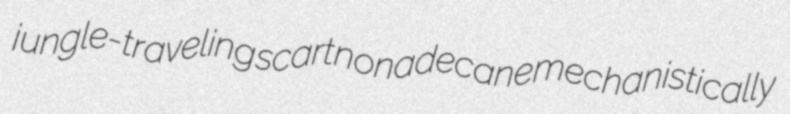
jungle-traveling scart nonadecane mechanistically